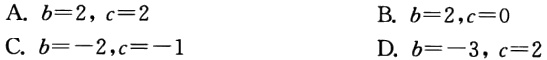
A. \(b = 2,c = 2\)
B. \(b = 2,c = 0\)
C. \(b=-2,c = - 1\)
D. \(b=-3,c = 2\)